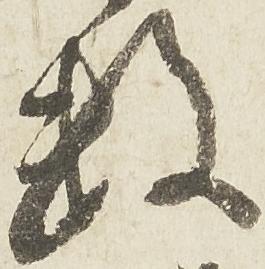
数